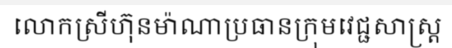
លោកស្រីហ៊ុនម៉ាណាប្រធានក្រុមវេជ្ជសាស្ត្រ